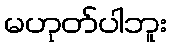
မဟုတ်ပါဘူး